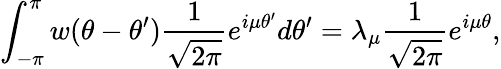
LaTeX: \int_{-\pi}^{\pi}w(\theta-\theta^{\prime})\frac{1}{\sqrt{2\pi}}e^{i\mu\theta^{\prime}}d\theta^{\prime}=\lambda_{\mu}\frac{1}{\sqrt{2\pi}}e^{i\mu\theta},